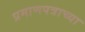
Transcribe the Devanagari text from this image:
प्रमाणपत्राच्या